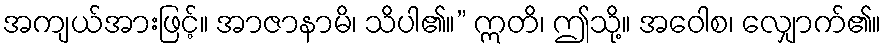
အကျယ်အားဖြင့်။ အာဇာနာမိ၊ သိပါ၏။” ဣတိ၊ ဤသို့။ အဝေါစ၊ လျှောက်၏။